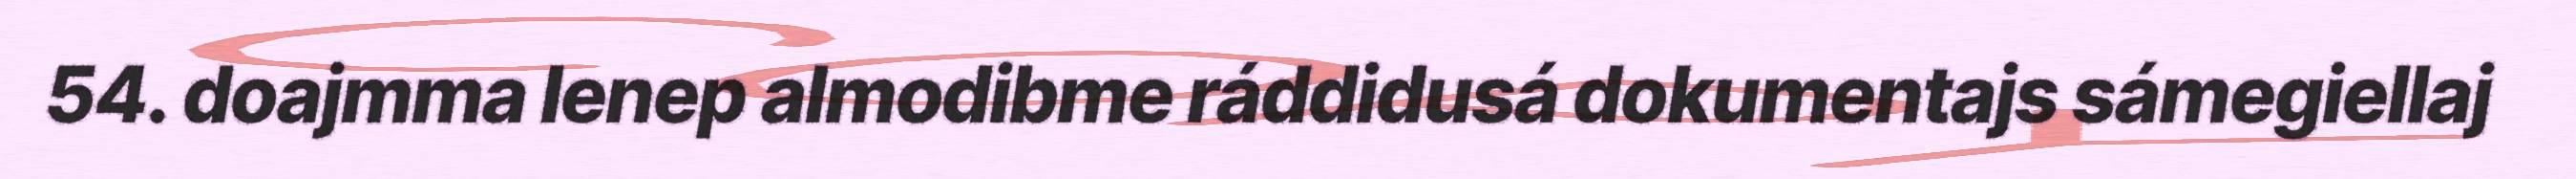
54. doajmma Ienep almodibme ráddidusá dokumentajs sámegiellaj